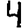
Digit: 4